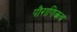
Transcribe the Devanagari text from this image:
पौराणिकच